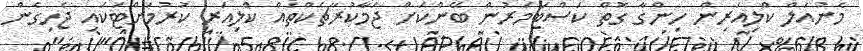
މެނުއަލް ކްލިއަރިން ހިންގާ ގޮތް ކަސްޓަމަރުން ބޭންކަށް ޖަމާކުރާޗެކްތައް ކްލިއަރ ކުރުމަށްޓަކައި ޖެހިގެން